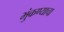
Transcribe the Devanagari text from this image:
भुंकण्याचा